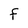
Character: f